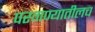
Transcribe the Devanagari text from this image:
परगण्यातीलच